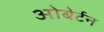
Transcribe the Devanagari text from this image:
ओबेर्टन